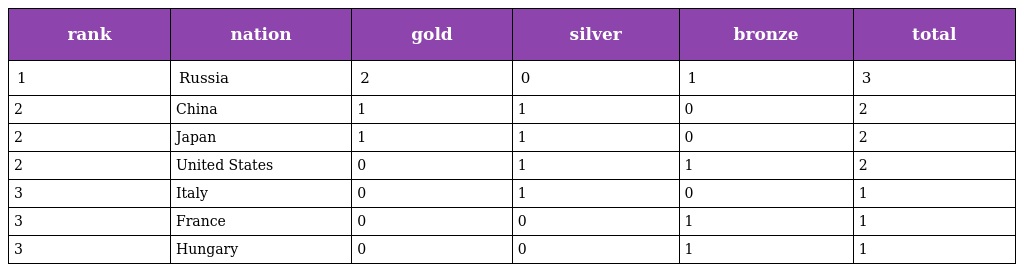
| rank | nation | gold | silver | bronze | total |
 | --- | --- | --- | --- | --- | --- |
 | 1 | Russia | 2 | 0 | 1 | 3 |
 | 2 | China | 1 | 1 | 0 | 2 |
 | 2 | Japan | 1 | 1 | 0 | 2 |
 | 2 | United States | 0 | 1 | 1 | 2 |
 | 3 | Italy | 0 | 1 | 0 | 1 |
 | 3 | France | 0 | 0 | 1 | 1 |
 | 3 | Hungary | 0 | 0 | 1 | 1 |